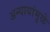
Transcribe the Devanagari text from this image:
अन्यायांमुळे